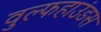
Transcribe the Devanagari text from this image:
वुल्फहाउंडस